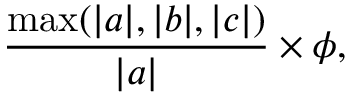
{ \frac { \operatorname* { m a x } ( | a | , | b | , | c | ) } { | a | } } \times \phi ,